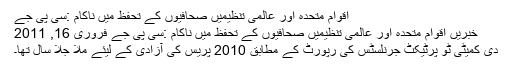
اقوام متحدہ اور عالمی تنظیمیں صحافیوں کے تحفظ میں ناکام :سی پی جے
خبریں اقوام متحدہ اور عالمی تنظیمیں صحافیوں کے تحفظ میں ناکام :سی پی جے فروری 16, 2011
دی کمیٹی ٹو پرٹیکٹ جرنلسٹس کی رپورٹ کے مطابق 2010 پریس کی آزادی کے لیئے ملا جُلا سال تھا۔